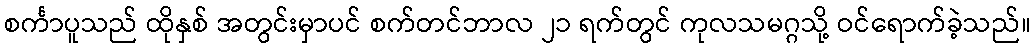
စင်္ကာပူသည် ထိုနှစ် အတွင်းမှာပင် စက်တင်ဘာလ ၂၁ ရက်တွင် ကုလသမဂ္ဂသို့ ဝင်ရောက်ခဲ့သည်။